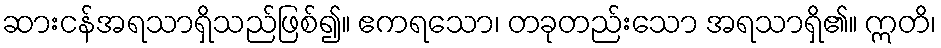
ဆားငန်အရသာရှိသည်ဖြစ်၍။ ဧကရသော၊ တခုတည်းသော အရသာရှိ၏။ ဣတိ၊